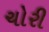
ચોરી